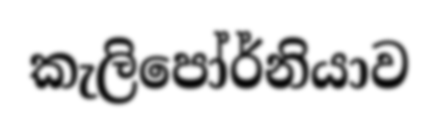
කැලිපෝර්නියාව